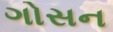
ગોસન